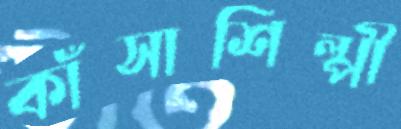
কাঁসাশিল্পী